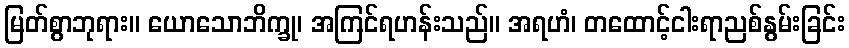
မြတ်စွာဘုရား။ ယောသောဘိက္ခု၊ အကြင်ရဟန်းသည်။ အရဟံ၊ တထောင့်ငါးရာညစ်နွမ်းခြင်း